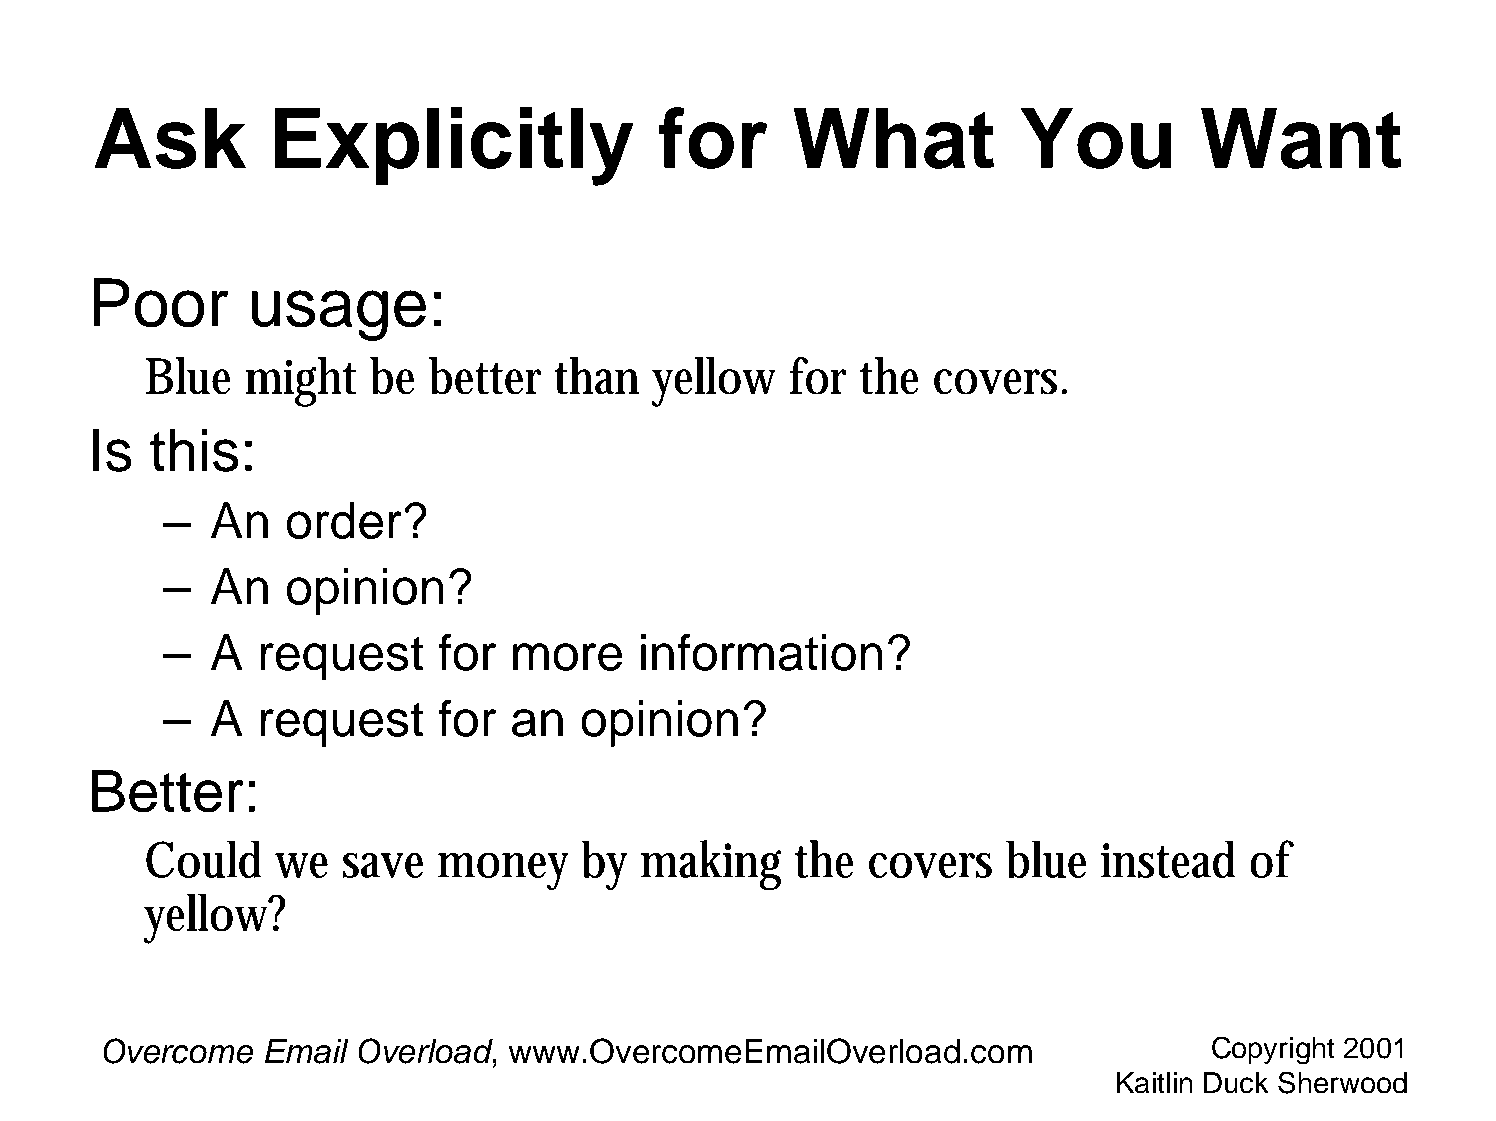
Ask         Explicitly                for      What           You         Want
 Poor      usage:
 Blue  might    be better   than  yellow   for  the  covers.
 Is  this:
 –  An   order?
 –  An   opinion?
 –  A  request     for  more    information?
 –  A  request     for  an  opinion?
 Better:
 Could   we   save  money     by making     the  covers   blue  instead   of
 yellow?
 Overcome  Email  Overload, www.OvercomeEmailOverload.com                 Copyright 2001
 Kaitlin Duck Sherwood